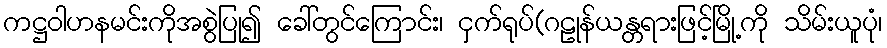
ကဋ္ဌဝါဟနမင်းကိုအစွဲပြု၍ ခေါ်တွင်ကြောင်း၊ ငှက်ရုပ်(ဂဠုန်ယန္တရားဖြင့်မြို့ကို သိမ်းယူပုံ၊